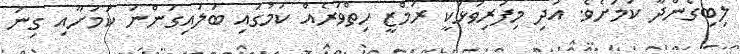
ލިބިގެންދާ ކަމަށެވެ. އަދި މިފަރިވަޅަކީ ރަމްޒީ ހިތްވަރެއް ކަމުގައި ބަލައިގަންނަ ކަމަށާއި ގިނަ